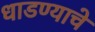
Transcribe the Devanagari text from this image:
धाडण्याचे